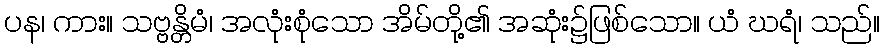
ပန၊ ကား။ သဗ္ဗန္တိမံ၊ အလုံးစုံသော အိမ်တို့၏ အဆုံး၌ဖြစ်သော။ ယံ ဃရံ၊ သည်။